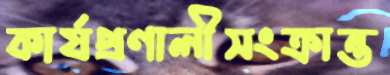
কার্যপ্রণালীসংক্রান্ত